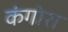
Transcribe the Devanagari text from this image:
कंगोरा